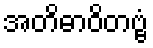
အတိဓာဝိတဗ္ဗံ